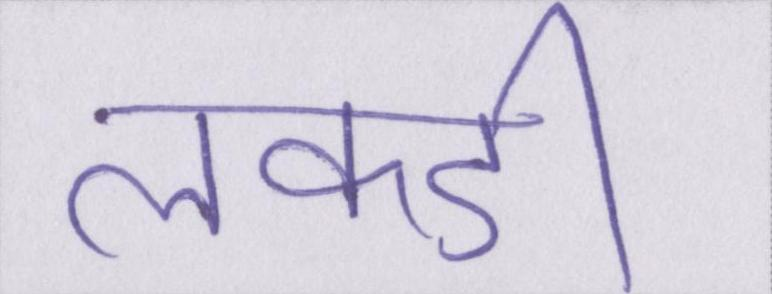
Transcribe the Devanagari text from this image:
लकडी